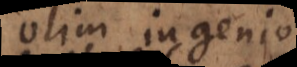
olim ingenio